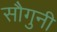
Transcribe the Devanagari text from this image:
सौगुनी